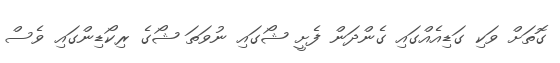
ގޮތަށް ވަކި ގަޑިއެއްގައި ގެންދަން ފެށީ ޝޯގައި ނުވަތަ ޝޯގެ ރިކޯޑިންގައި ވެސް